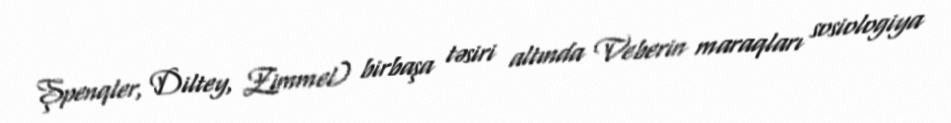
Şpenqler, Diltey, Zimmel) birbaşa təsiri altında Veberin maraqları sosiologiya